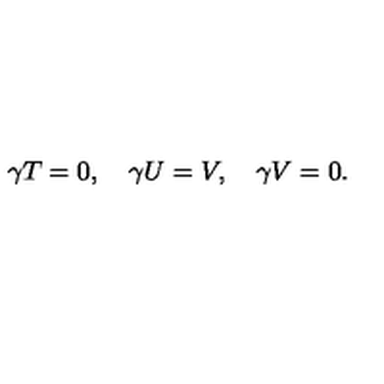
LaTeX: \gamma T = 0 , \quad \gamma U = V , \quad \gamma V = 0 .